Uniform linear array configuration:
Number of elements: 4
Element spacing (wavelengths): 1
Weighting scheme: kaiser
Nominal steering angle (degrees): -15
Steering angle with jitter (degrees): -14.91
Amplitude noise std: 0.05
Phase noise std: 0.05

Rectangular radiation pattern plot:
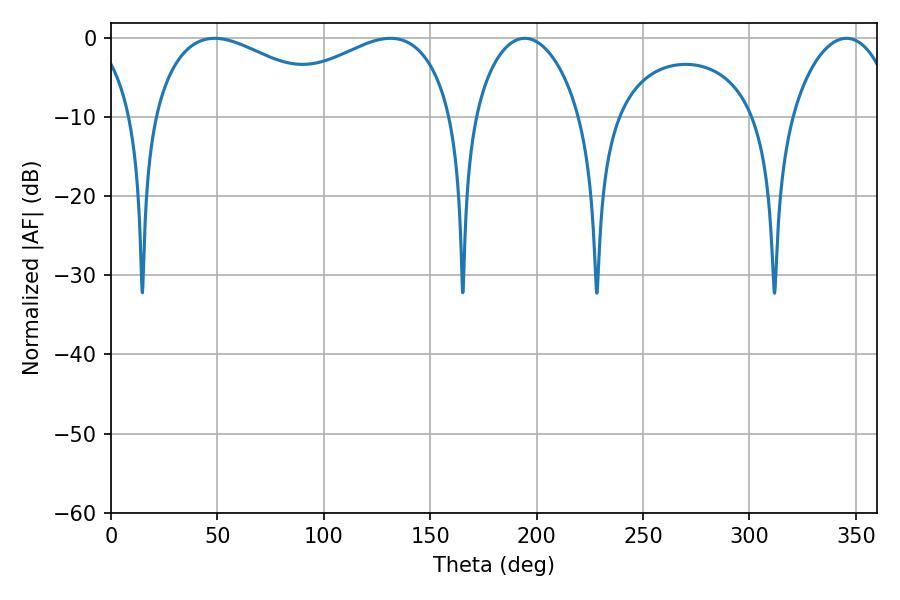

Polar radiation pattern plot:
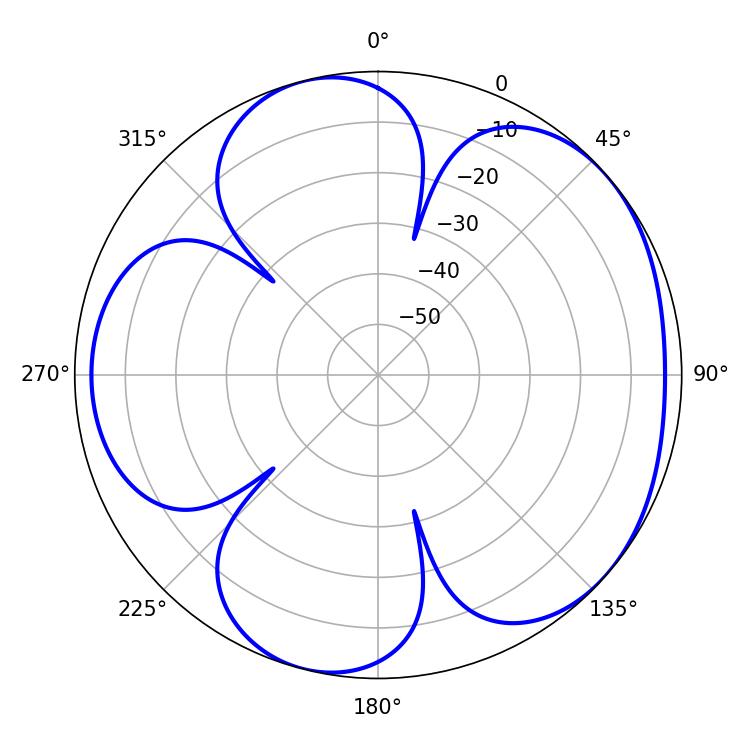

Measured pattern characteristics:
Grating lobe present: TRUE
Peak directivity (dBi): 4.783
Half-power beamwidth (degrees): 28.26
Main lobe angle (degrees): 194.4